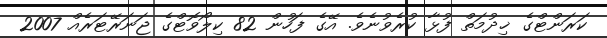
ކަރަންޓްގެ ޚިދުމަތް ފުޅާ ކުރެވުނެވެ. އޭގެ ފަހުން 82 ކިލޯވޮޓްގެ ޖަނަރޭޓަރެއް 2007